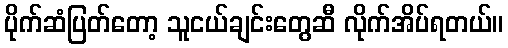
ပိုက်ဆံပြတ်တော့ သူငယ်ချင်းတွေဆီ လိုက်အိပ်ရတယ်။